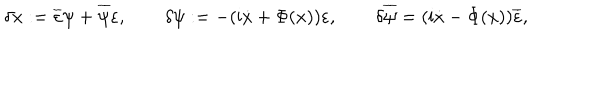
LaTeX: \delta x : = \overline { { { \varepsilon } } } \psi + \overline { { { \psi } } } \varepsilon , \qquad \delta \psi : = - ( \mathrm { i } \dot { x } + \Phi ( x ) ) \varepsilon , \qquad \delta \overline { { { \psi } } } = ( \mathrm { i } \dot { x } - \Phi ( x ) ) \overline { { { \varepsilon } } } ,